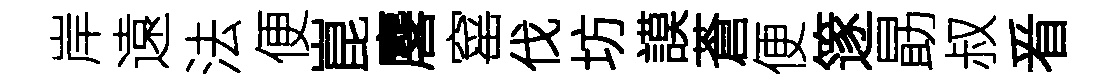
岸遠法便崑麐窰伐坊謨蒼便篴勗叔㸔